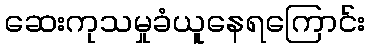
ဆေးကုသမှုခံယူနေရကြောင်း